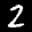
Label: 2